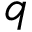
q